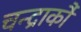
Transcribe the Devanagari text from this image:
चन्द्रार्कौ